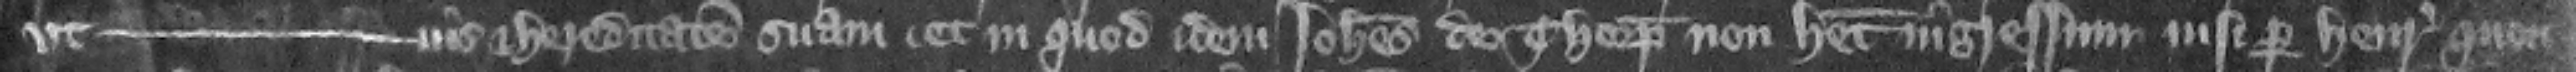
vt -- ius et hereditatem suam et in quod idem Iohannes de Thorp non habet ingressum nisi per Henricum quon